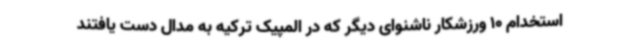
استخدام 10 ورزشکار ناشنوای دیگر که در المپیک ترکیه به مدال دست یافتند